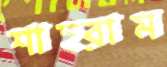
শাহরাম